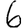
Digit: 6